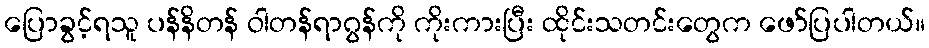
ပြောခွင့်ရသူ ပန်နိတန် ဝါတန်ရာဂွန်ကို ကိုးကားပြီး ထိုင်းသတင်းတွေက ဖော်ပြပါတယ်။